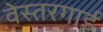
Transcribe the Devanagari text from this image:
वेस्तरगार्ड